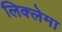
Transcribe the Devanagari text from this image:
लिक्लेमा